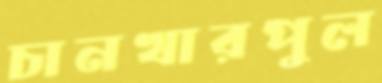
চানখারপুল